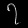
Digit: ၇